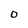
Character: O